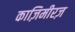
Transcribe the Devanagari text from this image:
काज़िमीरज़